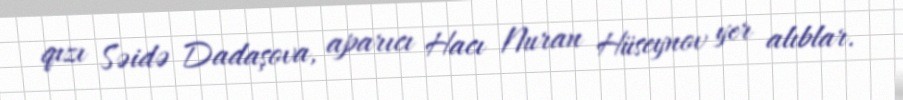
qızı Səidə Dadaşova, aparıcı Hacı Nuran Hüseynov yer alıblar.